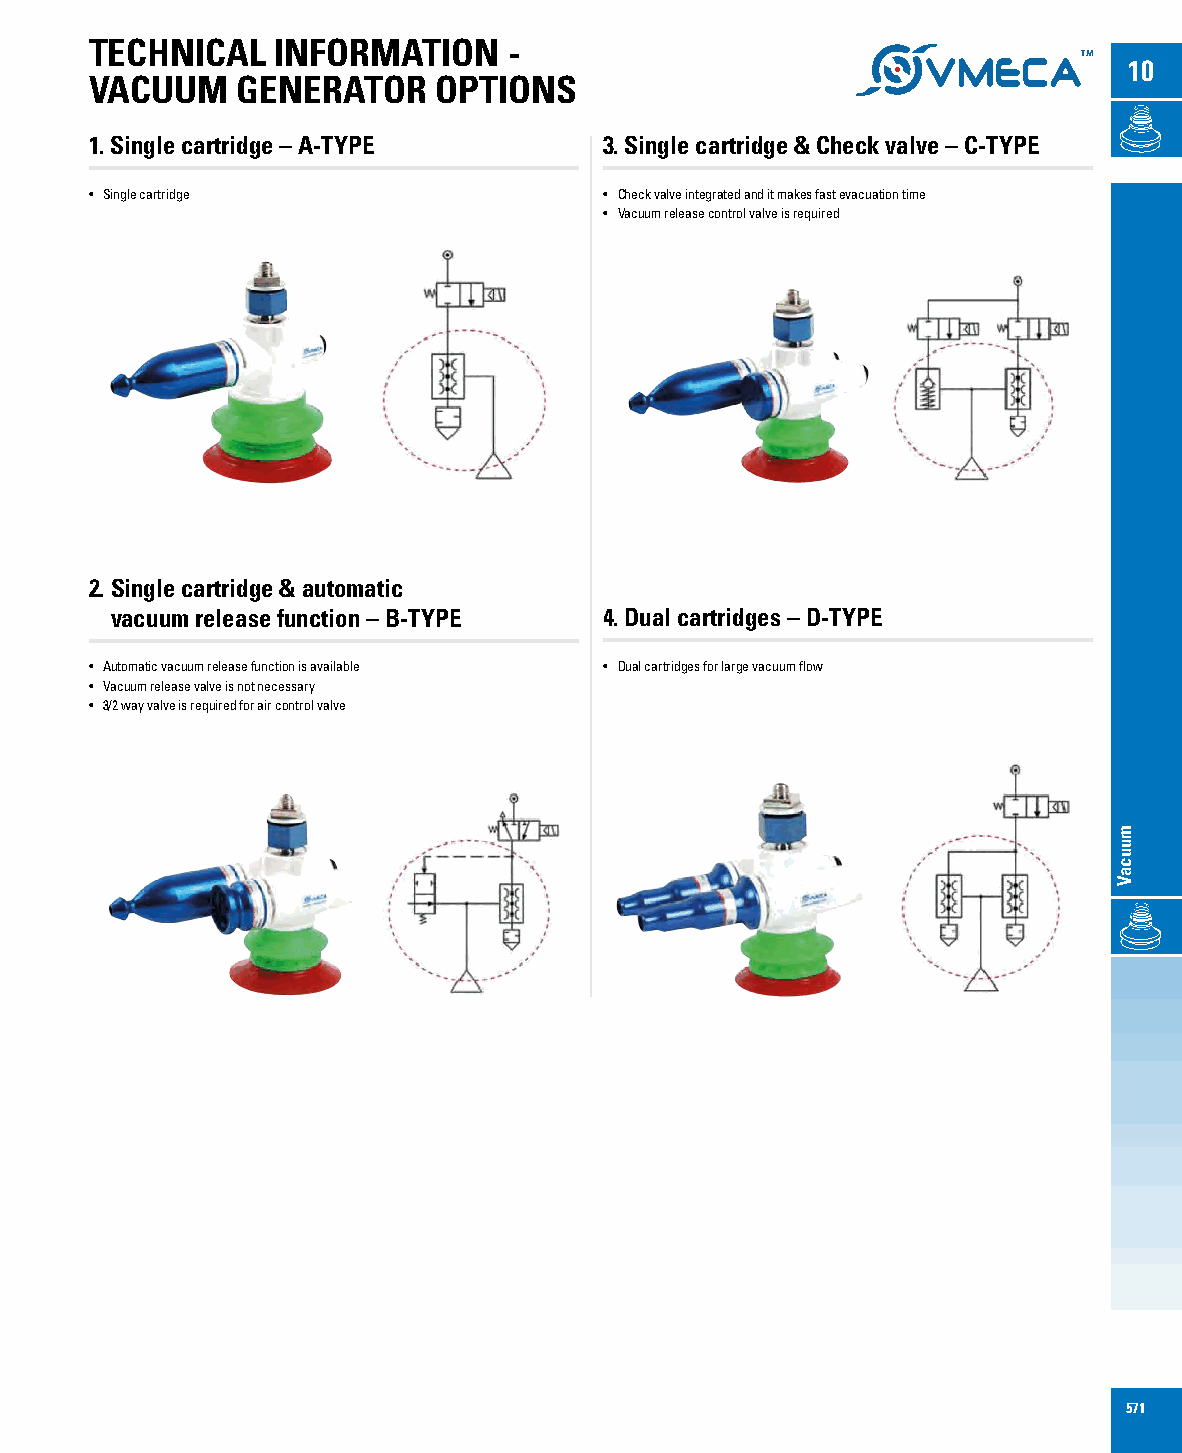
TECHNICAL   INFORMATION     -
 10
 VACUUM    GENERATOR    OPTIONS
 1. Single cartridge – A-TYPE      3. Single cartridge & Check valve – C-TYPE
 • Single cartridge                • Check valve integrated and it makes fast evacuation time
 • Vacuum release control valve is required
 2. Single cartridge & automatic
 vacuum release function – B-TYPE 4. Dual cartridges – D-TYPE
 • Automatic vacuum release function is available • Dual cartridges for large vacuum flow
 • Vacuum release valve is not necessary
 • 3/2 way valve is required for air control valve
 571
 muucaV